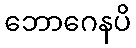
ဘောဂေနပိ